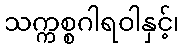
သက္ကစ္စဂါရဝါနှင့်၊